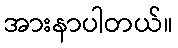
အားနာပါတယ်။